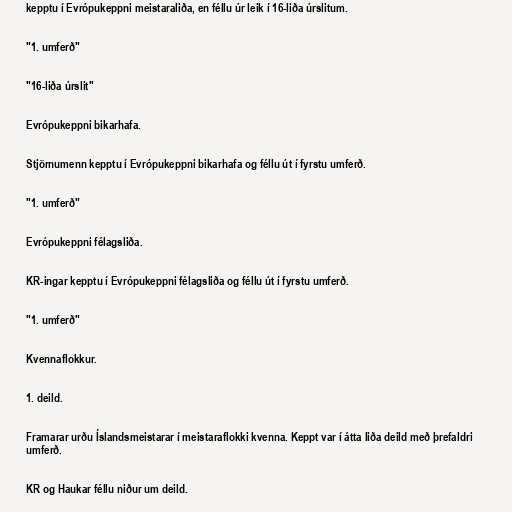
kepptu í Evrópukeppni meistaraliða, en féllu úr leik í 16-liða úrslitum.

"1. umferð"

"16-liða úrslit"

Evrópukeppni bikarhafa.

Stjörnumenn kepptu í Evrópukeppni bikarhafa og féllu út í fyrstu umferð.

"1. umferð"

Evrópukeppni félagsliða.

KR-ingar kepptu í Evrópukeppni félagsliða og féllu út í fyrstu umferð.

"1. umferð"

Kvennaflokkur.

1. deild.

Framarar urðu Íslandsmeistarar í meistaraflokki kvenna. Keppt var í átta liða deild með þrefaldri
umferð.

KR og Haukar féllu niður um deild.